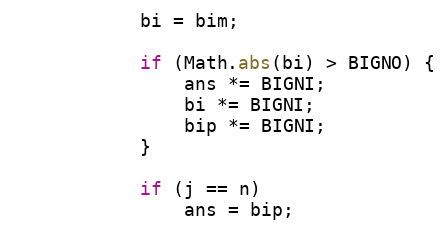
Language: Java
            bi = bim;

            if (Math.abs(bi) > BIGNO) {
                ans *= BIGNI;
                bi *= BIGNI;
                bip *= BIGNI;
            }

            if (j == n)
                ans = bip;